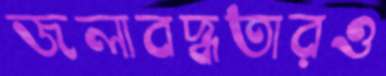
জলাবদ্ধতারও